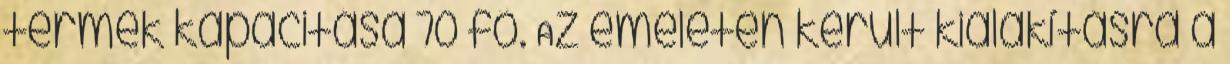
termek kapacitása 70 fő. Az emeleten került kialakításra a